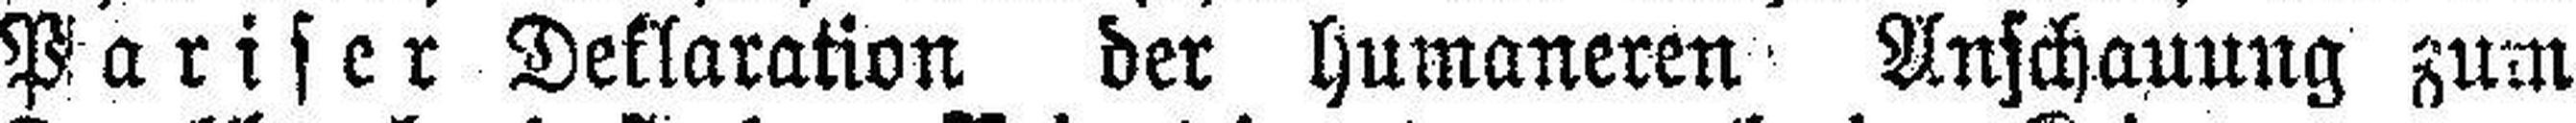
Pariser Deklaration der humaneren Anschauung zum